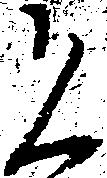
恐